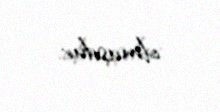
olmuşdur.